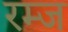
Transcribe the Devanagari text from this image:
रम्ज